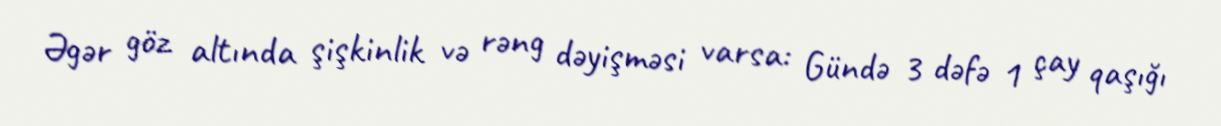
Əgər göz altında şişkinlik və rəng dəyişməsi varsa: Gündə 3 dəfə 1 çay qaşığı